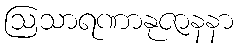
ဩသာရဏာနုဇာနနာ